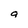
Character: g